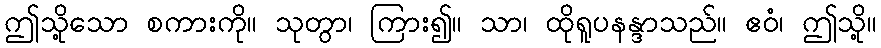
ဤသို့သော စကားကို။ သုတွာ၊ ကြား၍။ သာ၊ ထိုရူပနန္ဒာသည်။ ဧဝံ၊ ဤသို့။